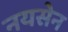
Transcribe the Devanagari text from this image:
नयसेन